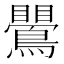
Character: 鷪